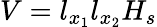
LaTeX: V=l_{x_{1}}l_{x_{2}}H_{s}